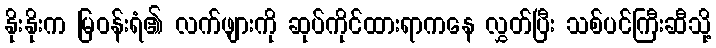
နိုးနိုးက မြဝန်းရံ၏ လက်ဖျားကို ဆုပ်ကိုင်ထားရာကနေ လွှတ်ပြီး သစ်ပင်ကြီးဆီသို့